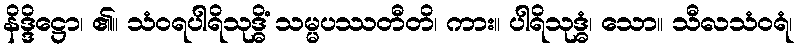
နိဒ္ဒိဋ္ဌော၊ ၏။ သံဝရပါရိသုဒ္ဓိံ သမ္မပဿတီတိ၊ ကား။ ပါရိသုဒ္ဓံ၊ သော။ သီလသံဝရံ၊